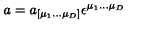
a = a _ { [ \mu _ { 1 } \dots \mu _ { D } ] } \epsilon ^ { \mu _ { 1 } \dots \mu _ { D } }